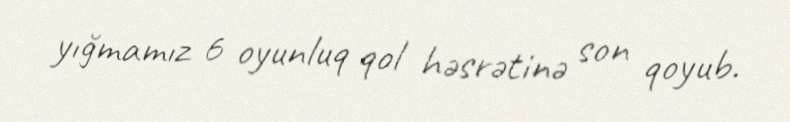
yığmamız 6 oyunluq qol həsrətinə son qoyub.